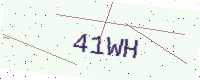
Text: 41WH